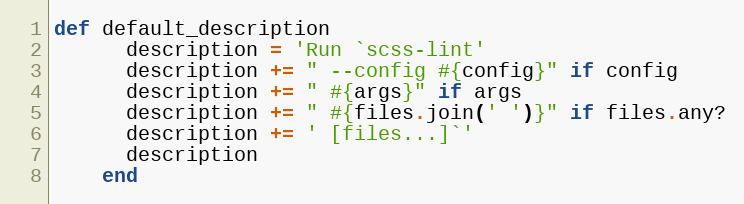
Language: Ruby
def default_description
      description = 'Run `scss-lint'
      description += " --config #{config}" if config
      description += " #{args}" if args
      description += " #{files.join(' ')}" if files.any?
      description += ' [files...]`'
      description
    end